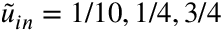
\tilde { u } _ { i n } = 1 / 1 0 , 1 / 4 , 3 / 4